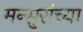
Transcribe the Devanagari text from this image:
मन्सुरांच्या